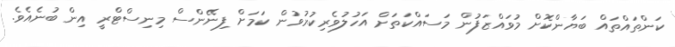
ކަންތައްތައް ބަޔާންކޮށް މުވައްޒަފުން މަސައްކަތަށް އަހުލުވެރިކުރުވުން ކަމަށް ފިނޭންސް މިނިސްޓްރީ އިން ބުނެއެވެ.